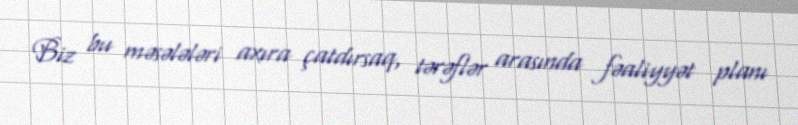
Biz bu məsələləri axıra çatdırsaq, tərəflər arasında fəaliyyət planı